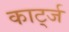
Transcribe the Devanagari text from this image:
कार्ट्ज